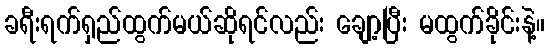
ခရီးရက်ရှည်ထွက်မယ်ဆိုရင်လည်း ချော့ပြီး မထွက်ခိုင်းနဲ့။